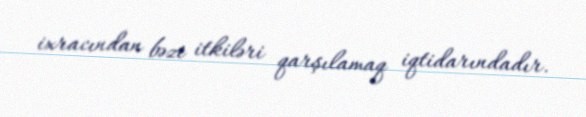
ixracından bəzi itkiləri qarşılamaq iqtidarındadır.